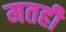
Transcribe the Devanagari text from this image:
मतही